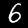
Label: 6